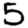
Digit: 5